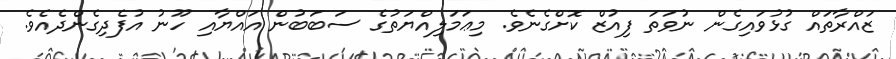
ޒައްރާތައް ގުޅުވައިގެން ނުވަތަ ފިއުޒް ކޮށްގެނެވެ. މިޢަމަލިއްޔަތުގެ ސަބަބުން އައްޔާއި ހޫނު އުފެދިގެންދެއެވެ.